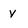
Character: y